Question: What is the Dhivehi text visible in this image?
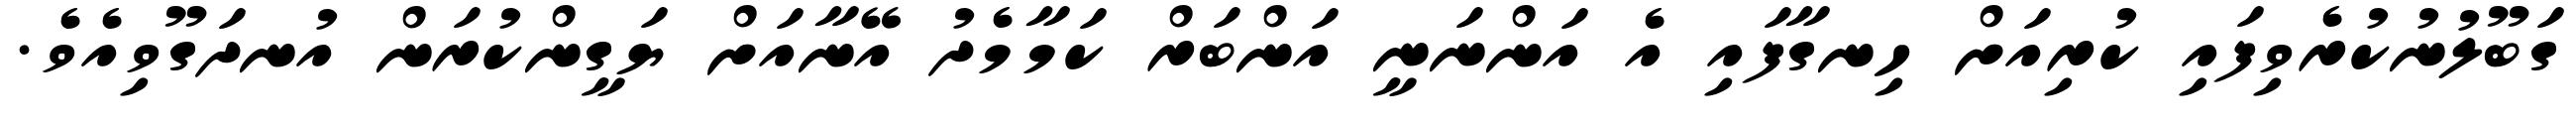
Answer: ގަބޫލުނުކުރެވިފައި ކުރިއަށް ހިނގާފައި އެ އަންނަނީ އަންބަރް ކަމާމެދު އޭނާއަށް ޔަގީންކުރަން އުނދަގޫވިއެވެ.